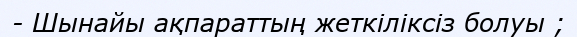
- Шынайы ақпараттың жеткіліксіз болуы ;